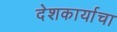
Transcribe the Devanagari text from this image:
देशकार्याचा